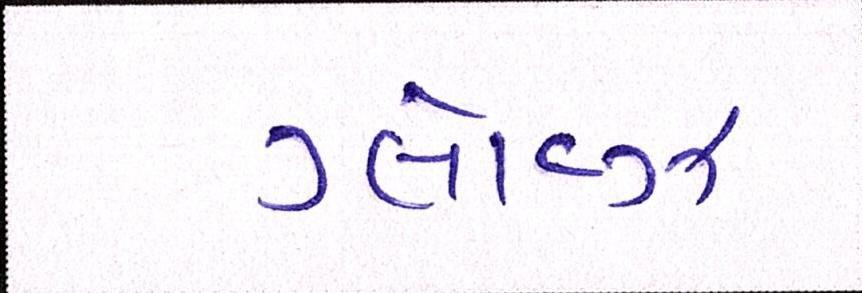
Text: ગ્લૉવ્ઝ